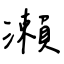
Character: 瀨